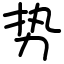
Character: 势